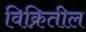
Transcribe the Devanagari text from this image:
विक्रितील